Document type: Sale
Year: 1423
Scribe: Joan Franc
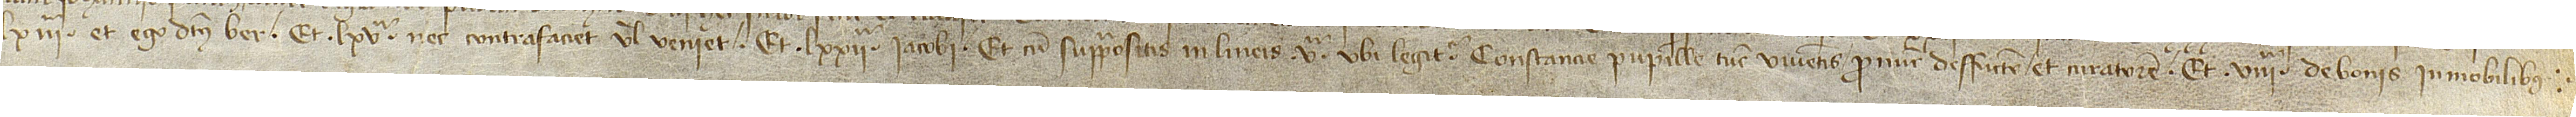
LXIIIª, “et ego dictus Ber”, et LXVª, “nec contrafaciet vel veniet”, et LXXIIª, “Iacobi”, et cum suprapositis in lineis Vª, ubi legitur “Constancie, pupille, tunc viventis, pronunc deffuncte, et curatorem”, et VIIIª, “de bonis inmobilibus”.